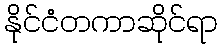
နိုင်ငံတကာဆိုင်ရာ